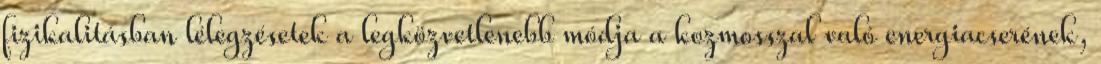
fizikalitásban lélegzésetek a legközvetlenebb módja a kozmosszal való energiacserének,